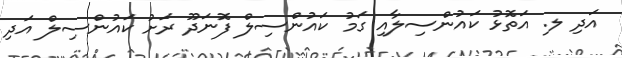
އަދި ލ. އަތޮޅު ކައުންސިލާއި ގަމު ކައުންސިލް ފޮނަދޫ ރަށު ކައުންސިލް އަދި